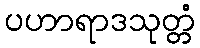
ပဟာရာဒသုတ္တံ